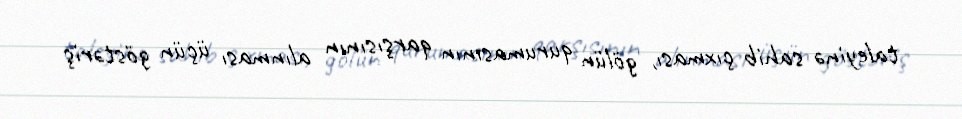
taleyinə sahib çıxması, gölün qurumasının qarşısının alınması üçün göstəriş